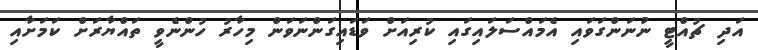
އަދި ޗުއްޓީ ނުނަންގަވައި އެމައްސަލައިގައި ކުރިއަށް ވަޑައިގަންނަވަން މިހާރު ހުންނެވީ ތައްޔާރަށް ކަމަށާއި